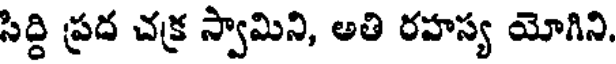
సిద్ది ప్రద చక్ర స్వామిని, అతి రహస్య యోగిని,